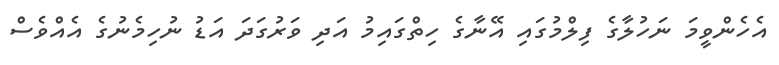
އެހެންވީމަ ނަހުލާގެ ފިލްމުގައި އޭނާގެ ހިތްގައިމު އަދި ވަރުގަދަ އަޑު ނުހިމެނުގެ އެއްވެސް